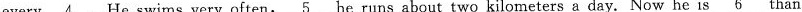
every \underline{4} . He swims very often, \underline{5} he runs about two kilometers a day. Now he is \underline{6} than